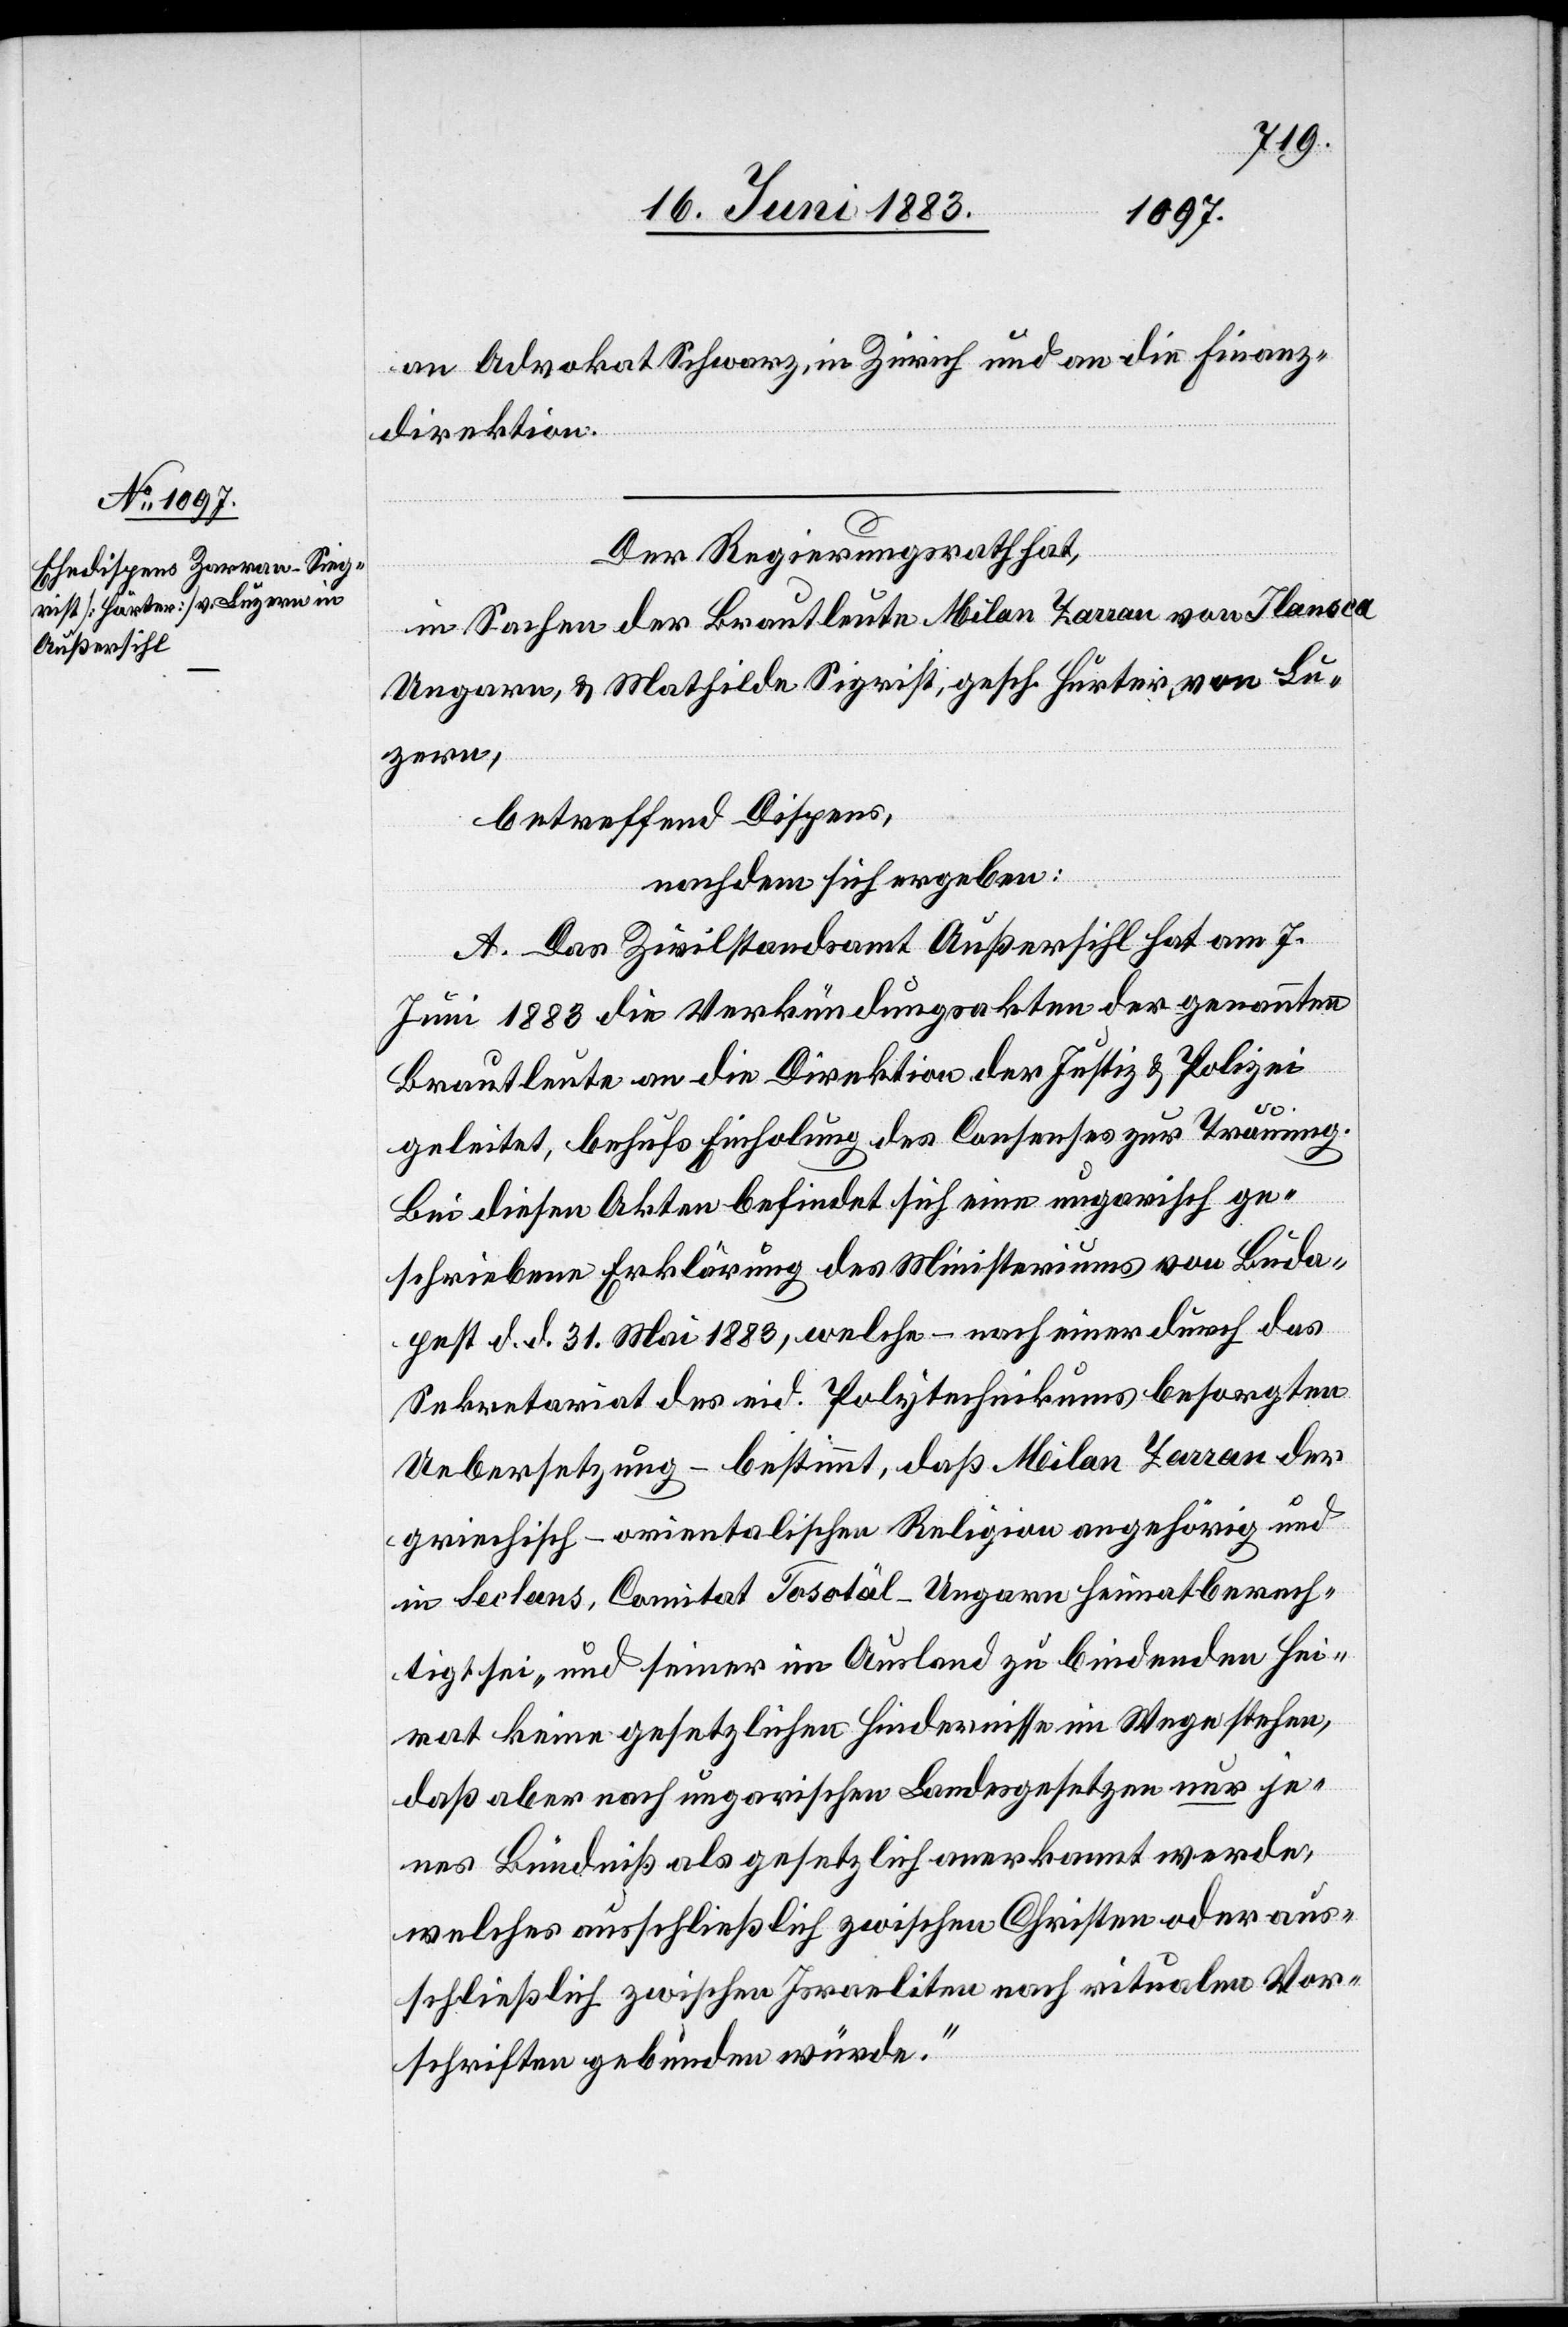
an Advokat Schwarz, in Zürich und an die Finanz¬
direktion.
Der Regierungsrath hat
in Sachen der Brautleute Milan Zarran von Ilansca
Ungarn, & Mathilde Sigrist, gesch. Hurter [sic!] von Lu¬
zern,
betreffend Dispens,
nachdem sich ergeben:
A. Das Zivilstandsamt Außersihl hat am 7.
Juni 1883 die Verkündungsakten der genannten
Brautleute an die Direktion der Justiz & Polizei
geleitet, behufs Einholung des Consenses zur Trauung.
Bei diesen Akten befindet sich eine ungarisch ge¬
schriebene Erklärung des Ministeriums von Buda¬
pest d. d. 31. Mai 1883, welche – nach einer durch das
Sekretariat des eid. Polytechnikums besorgten
Uebersetzung – bestimmt, das Milan Zarran der
griechisch-orientalischen Religion angehörig und
in Seclans, Comitat Tosotäl - Ungarn heimatberech¬
tigt sei „und seiner im Ausland zu bindenden Hei¬
rat keine gesetzlichen Hindernisse im Wege stehen,
daß aber nach ungarischen Landesgesetzen nur je¬
nes Bündniß als gesetzlich anerkannt werde,
welches ausschließlich zwischen Christen oder aus¬
schließlich zwischen Israeliten nach ritualen Vor¬
schriften gebunden würde.“